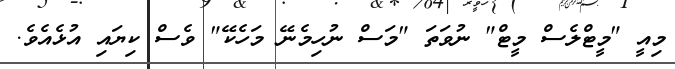
މިއީ "މީޓްލެސް މީޓް" ނުވަތަ "މަސް ނުހިމެނޭ މަހެކޭ" ވެސް ކިޔައި އުޅެއެވެ.